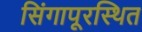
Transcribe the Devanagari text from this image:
सिंगापूरस्थित